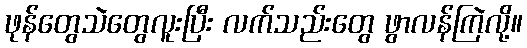
ဖုန်တွေသဲတွေလူးပြီး လက်သည်းတွေ ဖွာလန်ကြဲလို့။